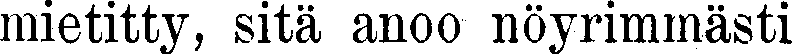
mietitty, sitä anoo nöyrimmästi